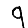
Digit: 9